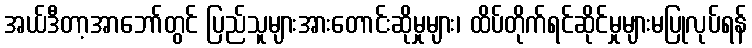
အယ်ဒီတာ့အာဘော်တွင် ပြည်သူများအားတောင်းဆိုမှုများ၊ ထိပ်တိုက်ရင်ဆိုင်မှုများမပြုလုပ်ရန်